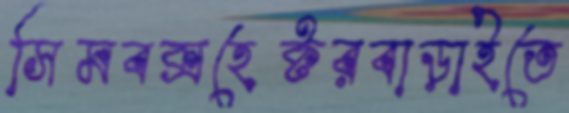
সিমবক্সহেক্টরবাড়াইতে